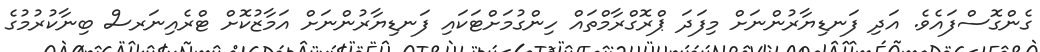
ގެންގޮސްފައެވެ. އަދި ފަނޑިޔާރުންނަށް މިފަދަ ޕްރޮގްރާމްތައް ހިންގުމަށްޓަކައި ފަނޑިޔާރުންނަށް އަމާޒުކޮށް ޓްރެއިނަރސް ބިނާކުރުމުގެ